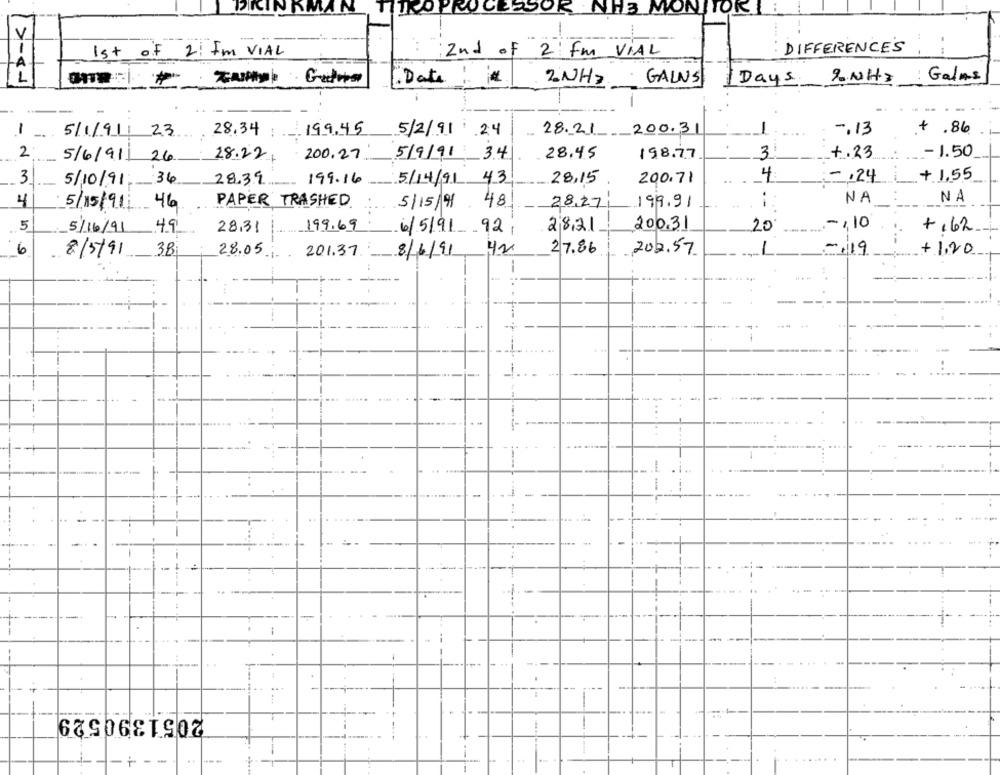
DICINKMAN
IIRO PROCESSOR NH3 MONITORI
V
1st of 2: I'm VIAL
2nd of 2: fm VIAL
DIFFERENCES
A
1
1. Date
2NH2 · GALNS
Days 2NH>
: Galms
..
1
5/1/911
23
28.34
199.45
5/2/91 2:4
28.21 200.31
1
-. 13
+ .86
2
200.27
28,45
198.77
3
+.23
- 1.50
5/6/911
26
28.22.
5/9/91 34
3
4
+ 1.55
5/10/91
:36
28.39
199.16
5/14/91 43
28,15
200.71
-. 24
4
NA
NA
5/15/91
46
PAPER TRASHED
5/15/91 48
28,27
199.91
::
5
2831
200.31
-110
5/16/91 4.9
28,31
199.69.
6/5/91 921
20
+ 1 62
6
8/5/91
3B
28.05. 201.37
8/6/91
42
27.86
202.57
1
-19
+1.20
. ..
:
-
--
--
-
-
--
1
...
1.
2051390529
---